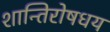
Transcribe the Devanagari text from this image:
शान्तिरोषधय